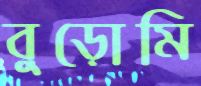
বুড়োমি